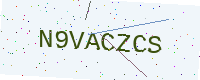
Text: N9VACZCS